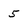
Character: 5